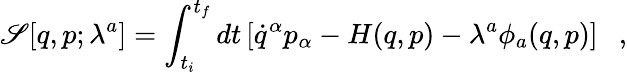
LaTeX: \mathscr{S}[q,p;\lambda^{a}]=\int_{t_{i}}^{t_{f}}dt\left[\dot{{q}}^{\alpha}p_{\alpha}-H(q,p)-\lambda^{a}\phi_{a}(q,p)\right]\ \ \ ,